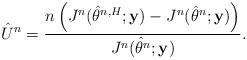
LaTeX: \begin{align*}\hat{U}_{}^{n} = \frac{n \left(J_{}^{n}(\hat{\theta}_{}^{n,H};\mathbf{y}) - J_{}^{n}(\hat{\theta}_{}^{n};\mathbf{y})\right)}{J_{}^{n}(\hat{\theta}_{}^{n};\mathbf{y})}.\end{align*}